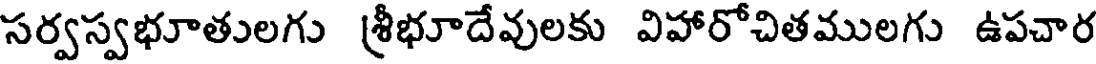
సర్వస్వభూతులగు శ్రీభూదేవులకు విహారోచితములగు ఉపచార